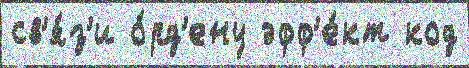
св'я́з'и о́рд'ену эфф'е́кт код